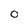
Character: 0